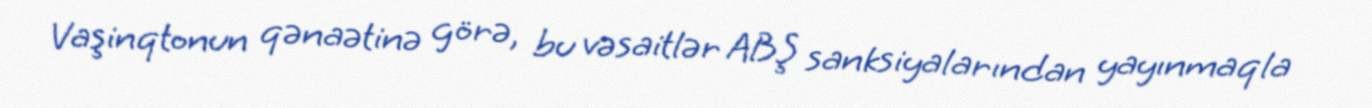
Vaşinqtonun qənaətinə görə, bu vəsaitlər ABŞ sanksiyalarından yayınmaqla